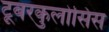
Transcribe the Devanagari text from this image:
टूबरकुलोसिस